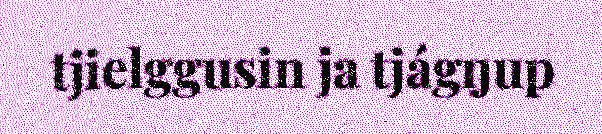
tjielggusin ja tjágŋup